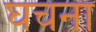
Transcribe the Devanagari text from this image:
घचना